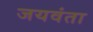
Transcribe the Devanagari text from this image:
जयवंता